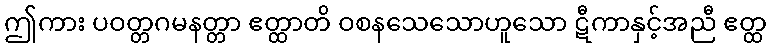
ဤကား ပဝတ္တဂမနတ္တာ ဧတ္ထာတိ ဝစနသေသောဟူသော ဋီကာနှင့်အညီ ဧတ္ထ